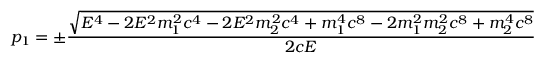
p _ { 1 } = \pm { \frac { \sqrt { E ^ { 4 } - 2 E ^ { 2 } m _ { 1 } ^ { 2 } c ^ { 4 } - 2 E ^ { 2 } m _ { 2 } ^ { 2 } c ^ { 4 } + m _ { 1 } ^ { 4 } c ^ { 8 } - 2 m _ { 1 } ^ { 2 } m _ { 2 } ^ { 2 } c ^ { 8 } + m _ { 2 } ^ { 4 } c ^ { 8 } } } { 2 c E } }